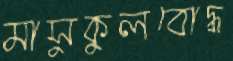
মাসুকুলবোদ্ধ